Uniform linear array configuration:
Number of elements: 48
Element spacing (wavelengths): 0.5
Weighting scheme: uniform
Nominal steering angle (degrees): -30
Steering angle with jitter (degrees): -30.592
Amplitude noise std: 0.05
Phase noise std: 0.05

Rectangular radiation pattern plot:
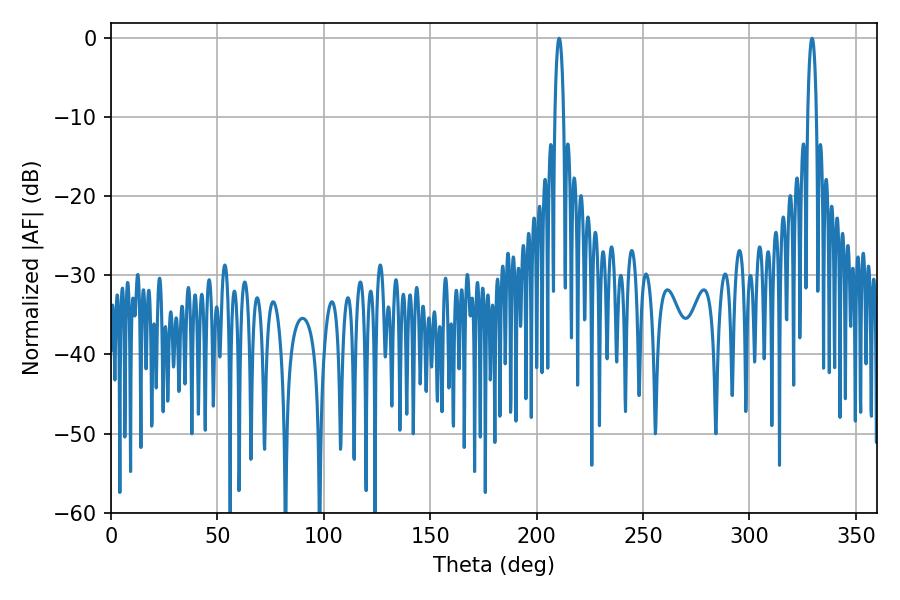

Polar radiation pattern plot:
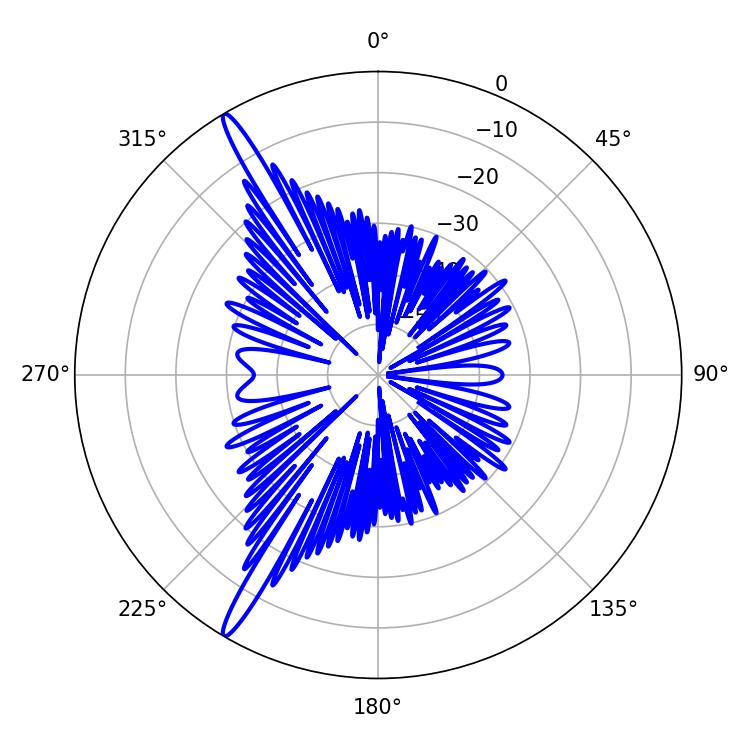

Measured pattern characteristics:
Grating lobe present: FALSE
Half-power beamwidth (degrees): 2.16
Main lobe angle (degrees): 210.6